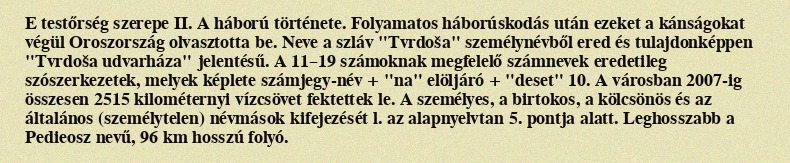
E testőrség szerepe II. A háború története. Folyamatos háborúskodás után ezeket a kánságokat végül Oroszország olvasztotta be. Neve a szláv "Tvrdoša" személynévből ered és tulajdonképpen "Tvrdoša udvarháza" jelentésű. A 11–19 számoknak megfelelő számnevek eredetileg szószerkezetek, melyek képlete számjegy-név + "na" elöljáró + "deset" 10. A városban 2007-ig összesen 2515 kilométernyi vízcsövet fektettek le. A személyes, a birtokos, a kölcsönös és az általános (személytelen) névmások kifejezését l. az alapnyelvtan 5. pontja alatt. Leghosszabb a Pedieosz nevű, 96 km hosszú folyó.